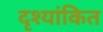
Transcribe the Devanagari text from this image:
दृश्यांकित